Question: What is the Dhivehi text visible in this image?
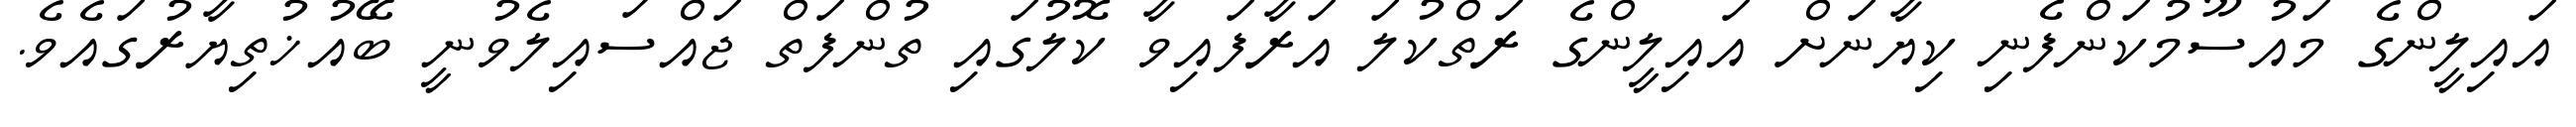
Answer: އައިލީންގެ މައުސޫމުކަންފެނި ކިޔާނަށް އައިލީންގެ ރަތްކުލަ އަރާފައިވާ ކޮލުގައި ތުންފަތް ޖައްސައިލެވުނީ ބޭއުޚުތިޔާރުގައެވެ.